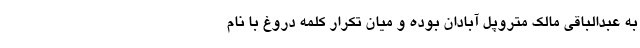
به عبدالباقی مالک متروپل آبادان بوده و میان تکرار کلمه دروغ با نام